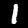
Label: 1